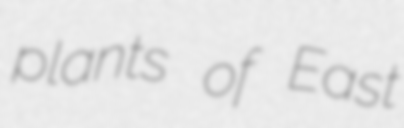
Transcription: plants of East